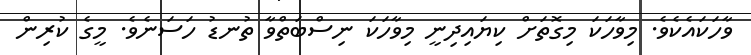
ވާހަކައެކެވެ. މިވާހަކަ މިގޮތަށް ކިޔައިދިނީ މިވާހަކަ ނިސްބަތްވާ ތުނޑު ހަސަނެވެ. މީގެ ކުރިން